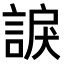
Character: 𧩈